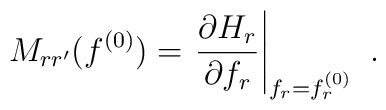
M_{rr^\prime}(f^{(0)})=\left.\frac{\partial H_r}{\partial f_r}\right|_{f_r=f_r^{(0)}}\,\,.